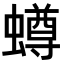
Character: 𧒆